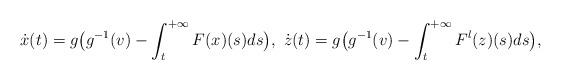
LaTeX: \begin{align*}\dot x(t)=g\big(g^{-1}(v)-\int_t^{+\infty}F(x)(s)ds\big),\ \dot z(t)=g\big(g^{-1}(v)-\int_t^{+\infty}F^l(z)(s)ds\big),\end{align*}